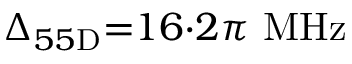
\Delta _ { 5 5 \mathrm { D } } { = } 1 6 { \cdot } 2 \pi \ \mathrm { M H z }